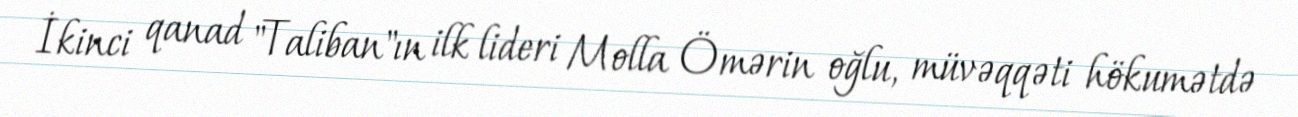
İkinci qanad "Taliban"ın ilk lideri Molla Ömərin oğlu, müvəqqəti hökumətdə